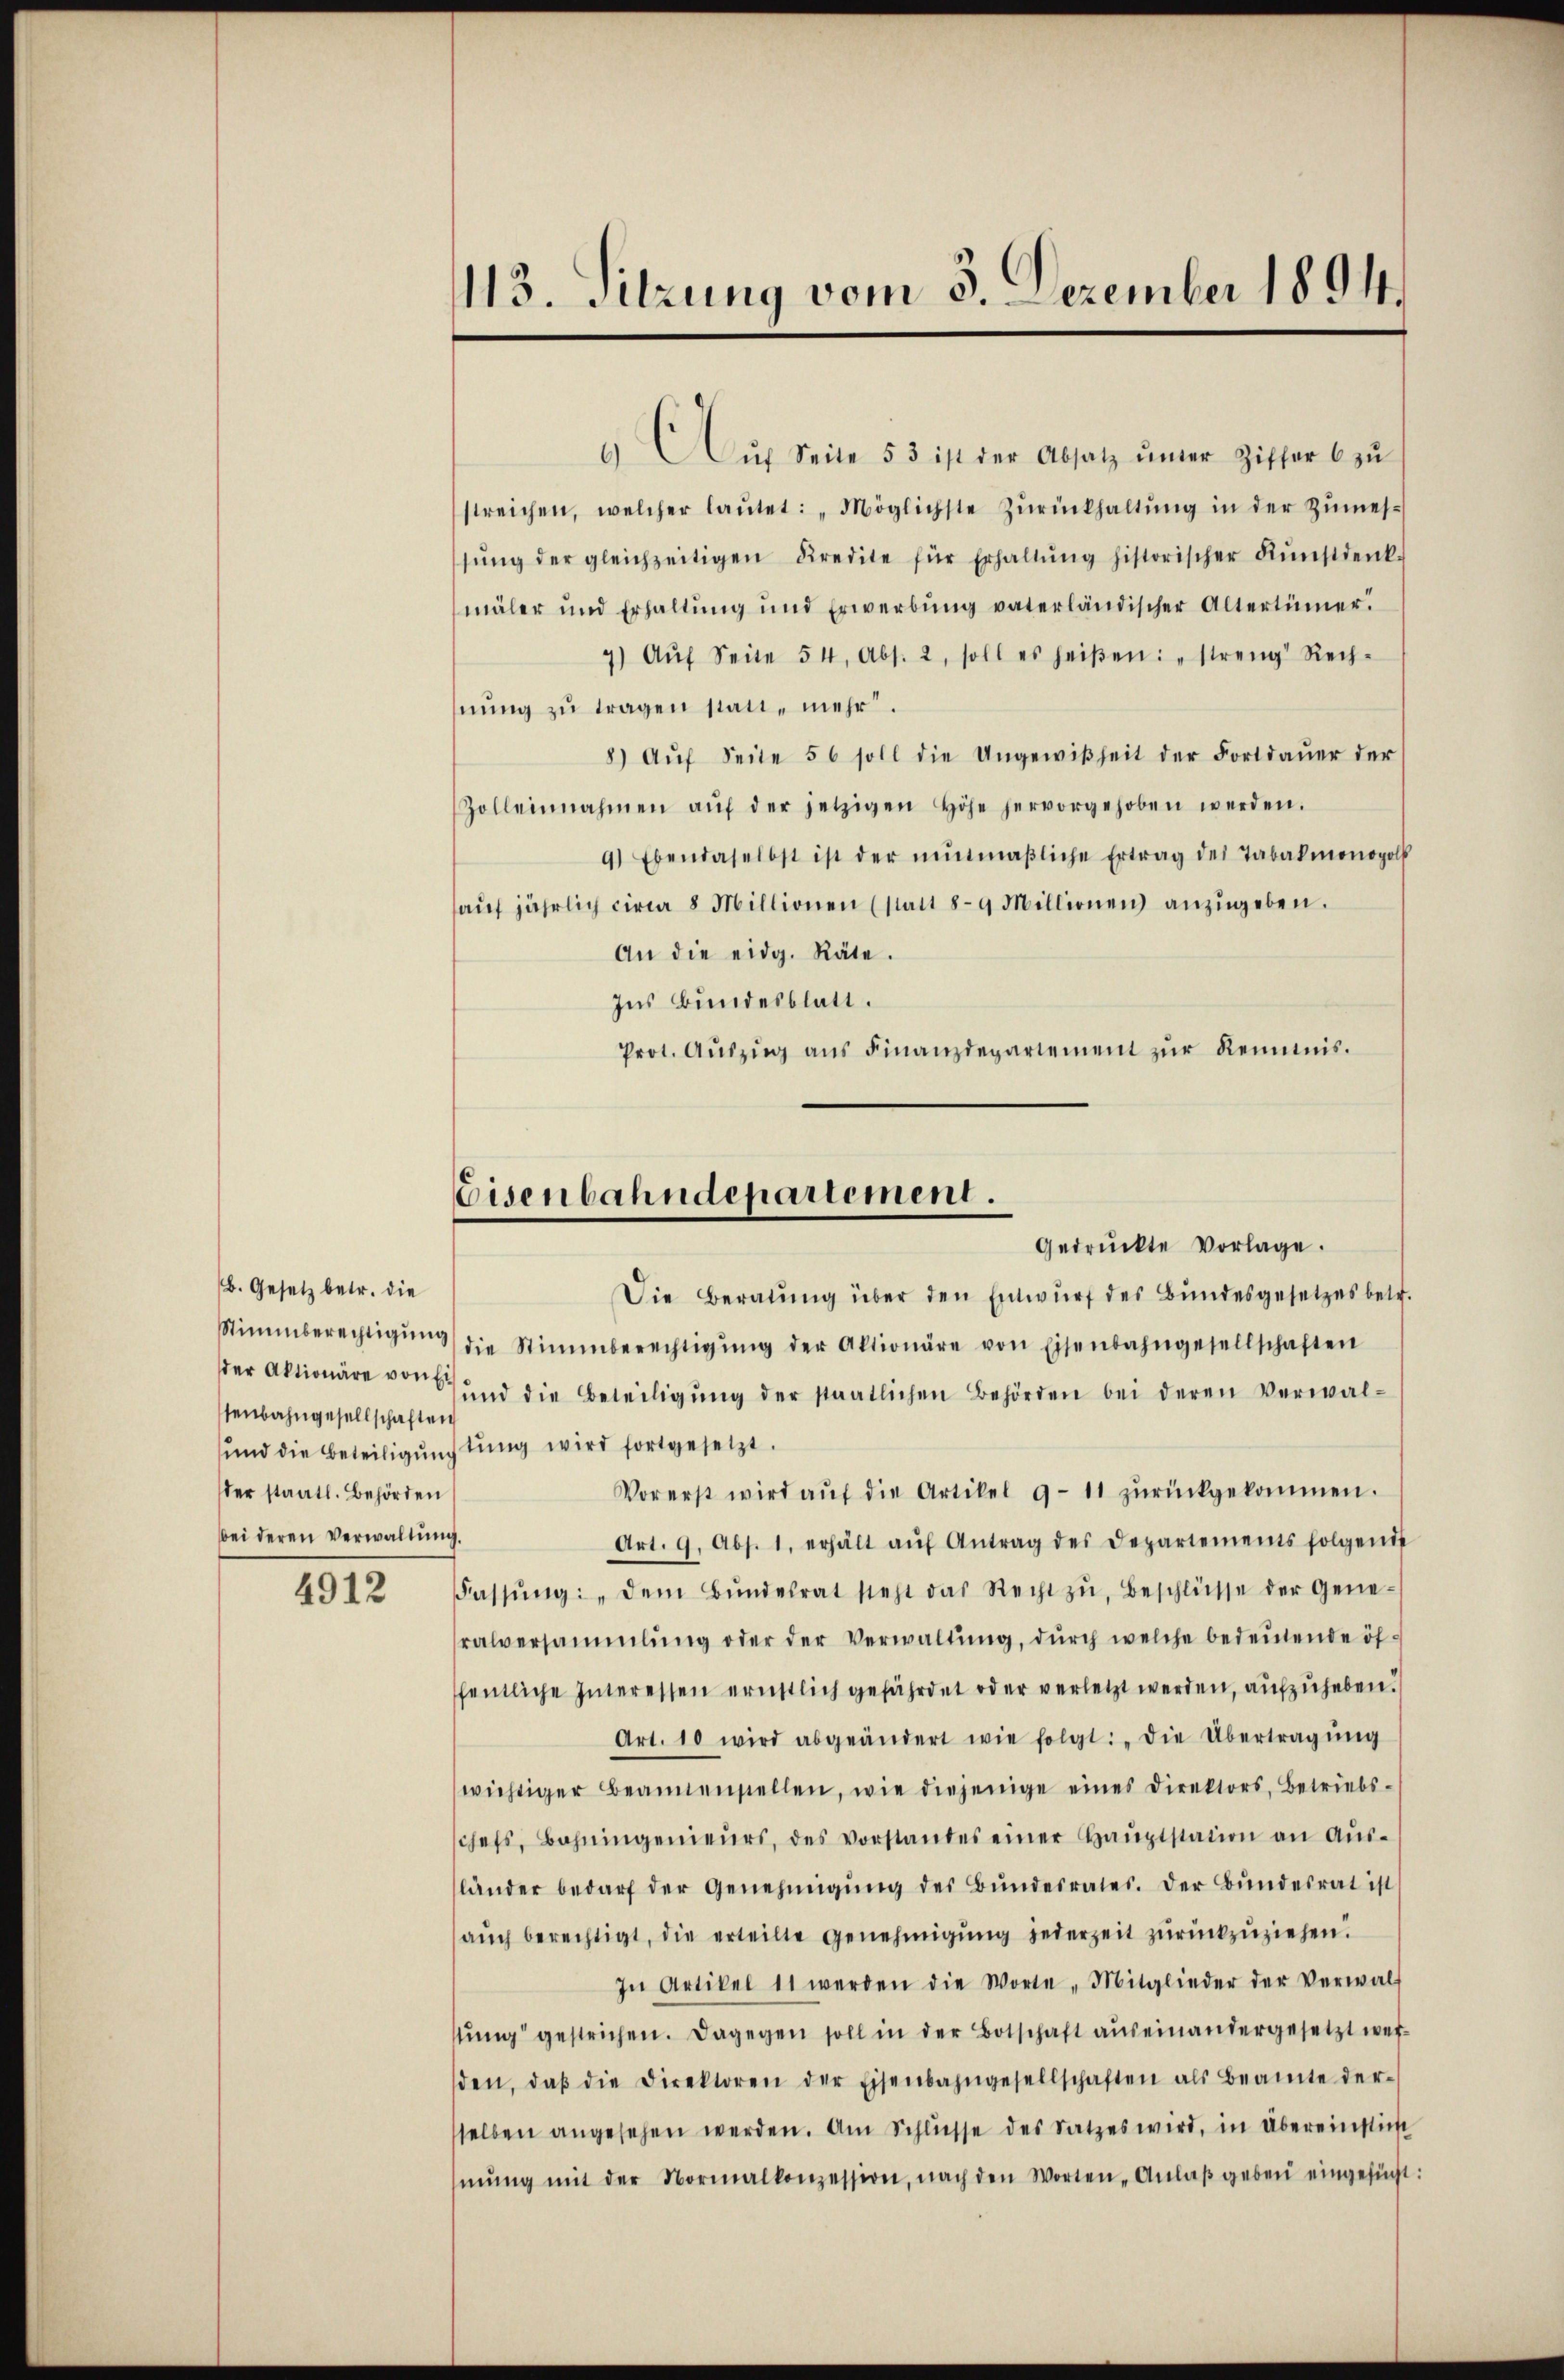
b. Gesetz betr. die
senbahngesellschaften
der staatl. Behörden
bei deren Verwaltung.

4912

13. Sitzung vom 5. Dezember 1894.

". Aŭf Seite 53 ist der Absatz inder Ziffer 6 zŭ
streichen, welcher laŭtet: „Möglichste Zŭrückhaltŭng in der Zŭmes-
sŭng der gleichzeitigen Kredite für Erhaltŭng historischer Kŭnstdenk
mäler und Erhaltung und Erwerbŭng vaterländischer Altertümer.
9) Aŭf Seite 54, Abs. 2, soll es heißen: „streng Rech-
nung zu tragen statt, mehr.
8) Aŭf Seite 56 soll die Ungewißheit der Fortdauer der
Zolleinnahmen aŭf der jetzigen Höhe hervorgehoben werden.
9) Ebendaselbst ist der nŭnmaβliche Ertrag des Tabakmonopol
auf jährlich circa 8 Millionen (statt 8–9 Millionen anzugeben.
An die eidg. Räte.
Ins Bundesblatt.
Prot. Aŭszŭg aŭs Finanzdepartement zŭr Reimis¬

Eisenbahndepartement.
Gedrückte Vorlage.

Die Beratŭng über den Entwŭrf des Bundesgesetzes betr.
Stimmberechtigŭng die Stimmberechtigŭng der Aktionäre von Eisenbahngesellschaften
der Aktionäre von 6 und die Beteiligŭng der staatlichen Behörden bei deren Verwal¬
und die Beteiligung tung wird fortgesetzt.
Vorerst wird aŭf die Artikel 9-11 zŭrückgekommen.
Art. 9. Abs. 1. erhält aŭf Antrag des Departements folgende
Fassŭng: „Dem Bŭndesrat sieht das Recht zŭ, Beschlüsse der Gene-
ralversammlung oder der Verwaltŭng, dŭrch welche bedeŭtende öffentliche Interessen ernstlich gefährdet oder verletzt werden, aufzuheben.
Art. 10 wird abgeändert wie folgt: „Die Übertragŭng
wichtiger Beamtenstellen, wie diejenige eines Direktors, betriebs-
chefs, Bahningenieurs, des Vorstandes einer Haŭptstation an Aŭs-
länder bedarf der Genehmigŭng des Bŭndesrates. Der Bŭndesrat ist
aŭch berechtigt, die erteilte Genehmigŭng jederzeit zŭrückzuziehen.
In Artikel 11 werden die Worte Mitglieder der Verwalt
sŭng gestrichen. Dagegen soll in der Botschaft auseinandergesetzt werden, daβ die Direktoren der Eisenbahngesellschaften als Beamte der-
sselben angesehen werden. Am Schlüsse des Satzes wird, in Übereinstich
mŭng mit der Normalkonzession, nach den Worten-Anlaβ geben eingesücht